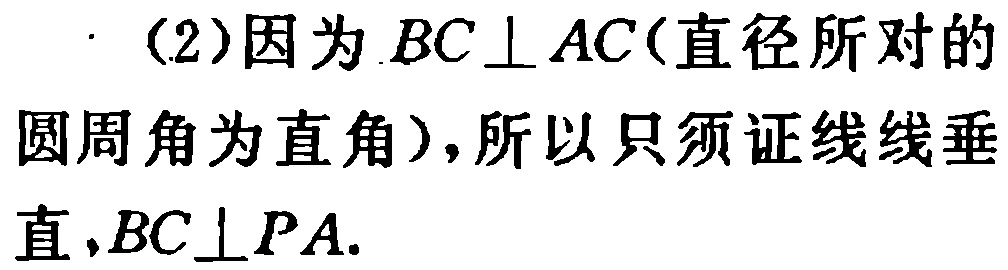
（2）因为 \(BC\perp AC\)（直径所对的圆周角为直角），所以只须证线线垂直，\(BC\perp PA\).